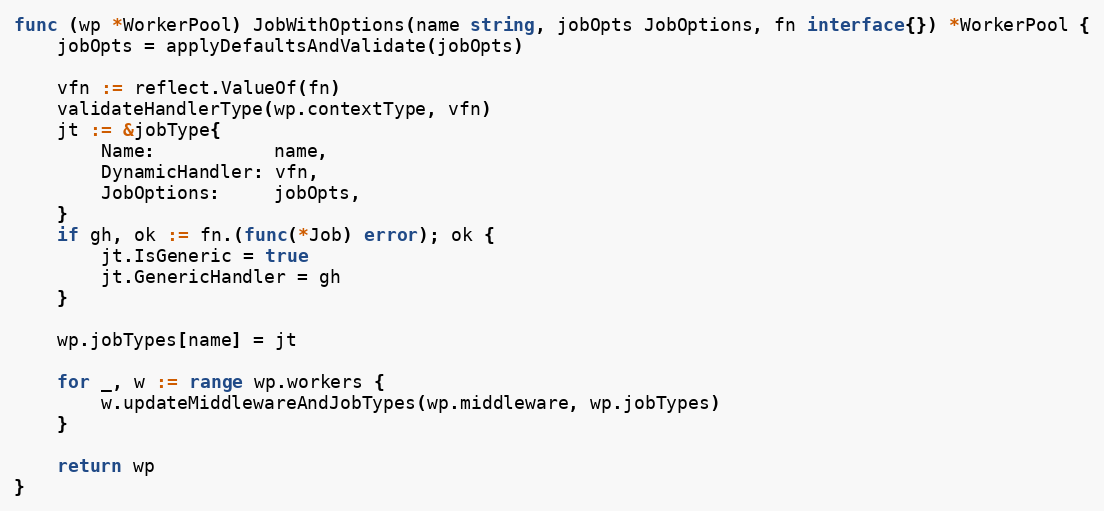
Language: Go
func (wp *WorkerPool) JobWithOptions(name string, jobOpts JobOptions, fn interface{}) *WorkerPool {
	jobOpts = applyDefaultsAndValidate(jobOpts)

	vfn := reflect.ValueOf(fn)
	validateHandlerType(wp.contextType, vfn)
	jt := &jobType{
		Name:           name,
		DynamicHandler: vfn,
		JobOptions:     jobOpts,
	}
	if gh, ok := fn.(func(*Job) error); ok {
		jt.IsGeneric = true
		jt.GenericHandler = gh
	}

	wp.jobTypes[name] = jt

	for _, w := range wp.workers {
		w.updateMiddlewareAndJobTypes(wp.middleware, wp.jobTypes)
	}

	return wp
}